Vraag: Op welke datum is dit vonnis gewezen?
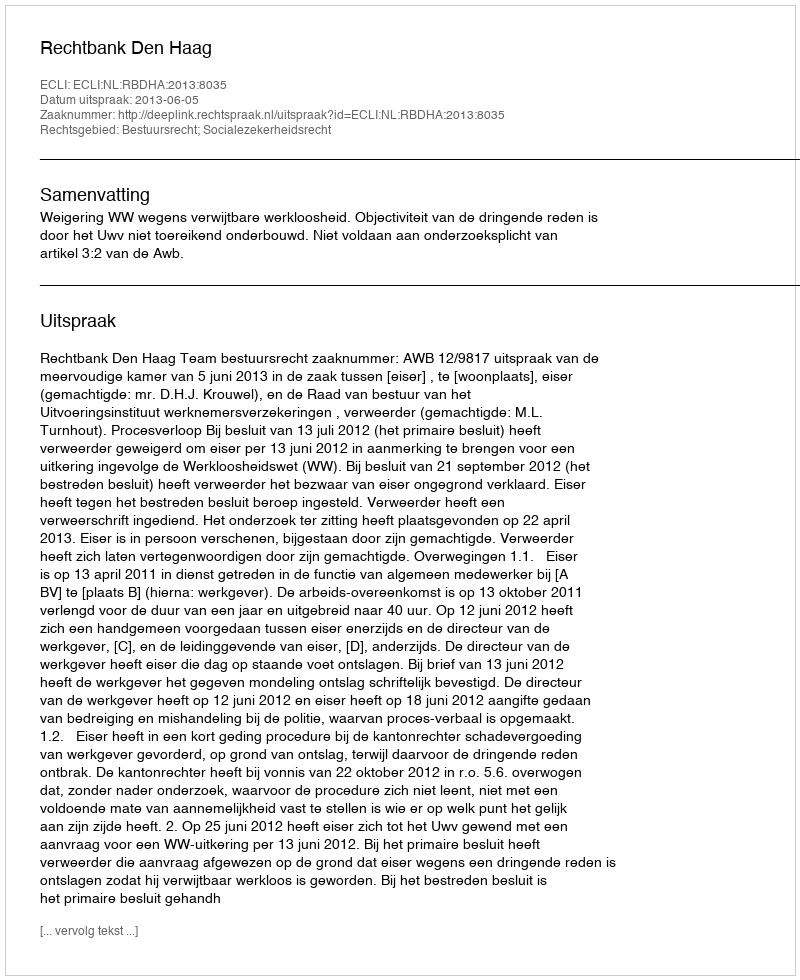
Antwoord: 2013-06-05